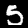
Digit: 5